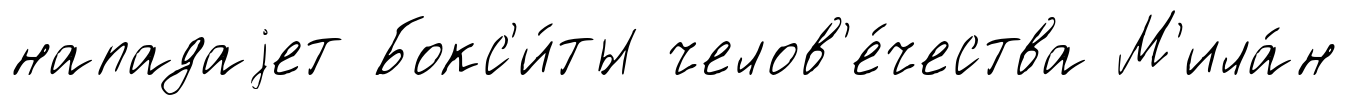
нападаjет Бокс'и́ты челов'е́чества М'ила́н